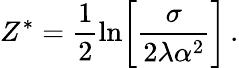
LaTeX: Z^{*}=\frac{1}{2}\ln\biggr[\frac{\sigma}{2\lambda\alpha^{2}}\biggr]\, .